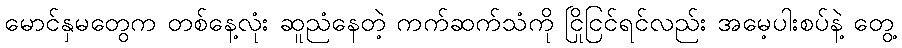
မောင်နှမတွေက တစ်နေ့လုံး ဆူညံနေတဲ့ ကက်ဆက်သံကို ငြိုငြင်ရင်လည်း အမေ့ပါးစပ်နဲ့ တွေ့